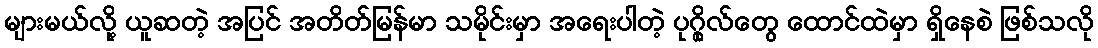
များမယ်လို့ ယူဆတဲ့ အပြင် အတိတ်မြန်မာ သမိုင်းမှာ အရေးပါတဲ့ ပုဂ္ဂိုလ်တွေ ထောင်ထဲမှာ ရှိနေစဲ ဖြစ်သလို